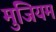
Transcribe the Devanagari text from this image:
मुजियम